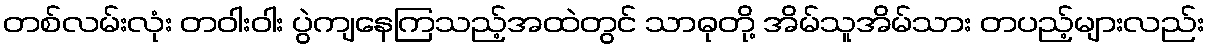
တစ်လမ်းလုံး တဝါးဝါး ပွဲကျနေကြသည့်အထဲတွင် သာဓုတို့ အိမ်သူအိမ်သား တပည့်များလည်း